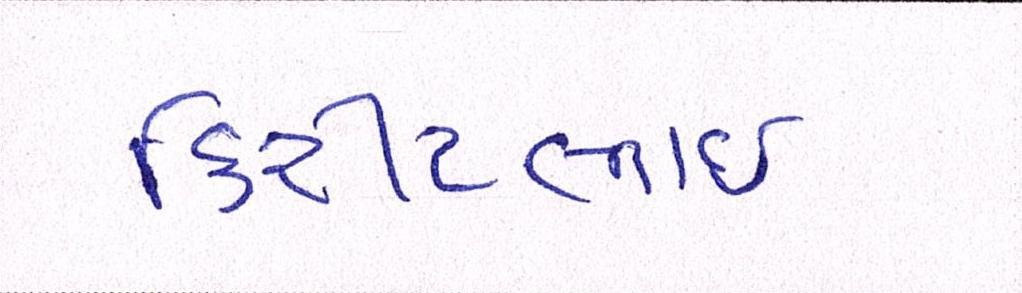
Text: કિરીટભાઈ